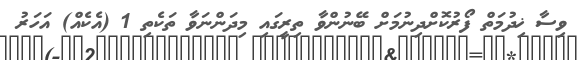
ވިސާ ޚިދުމަތް ފޯރުކޮށްދިނުމަށް ބޭނުންވާ ތިރީގައި މިދަންނަވާ ތަކެތި 1 (އެކެއް) އަހަރު